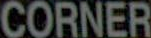
CORNER